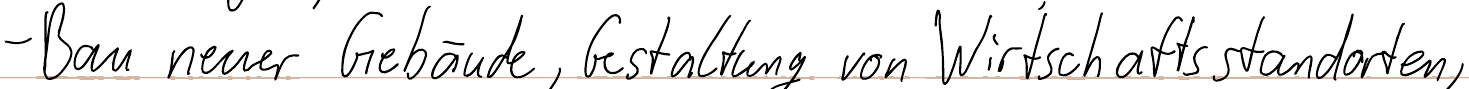
- Bau neuer Gebäude, Gestaltung von Wirtschaftsstandorten,